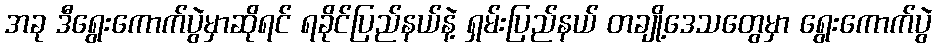
အခု ဒီရွေးကောက်ပွဲမှာဆိုရင် ရခိုင်ပြည်နယ်နဲ့ ရှမ်းပြည်နယ် တချို့ဒေသတွေမှာ ရွေးကောက်ပွဲ